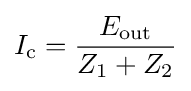
I_{\textrm {c}}={\frac {E_{\textrm {out}}}{Z_{1}+Z_{2}}}